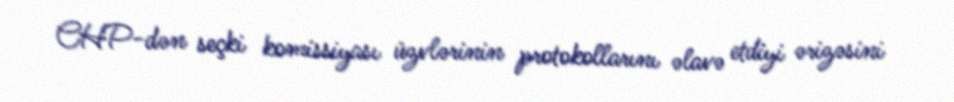
CHP-dən seçki komissiyası üzvlərinin protokollarını əlavə etdiyi ərizəsini